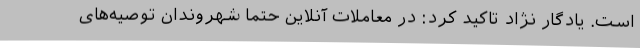
است. یادگار نژاد تاکید کرد: در معاملات آنلاین حتما شهروندان توصیه‌های